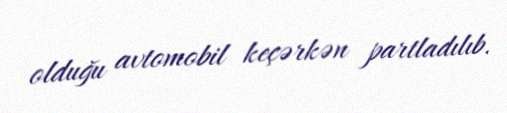
olduğu avtomobil keçərkən partladılıb.